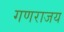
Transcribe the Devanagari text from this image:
गणराजय